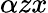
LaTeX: \alpha zx